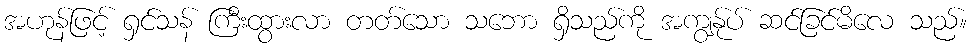
အဟုန်ဖြင့် ရှင်သန် ကြီးထွားလာ တတ်သော သဘော ရှိသည်ကို အကျွန်ုပ် ဆင်ခြင်မိလေ သည်။